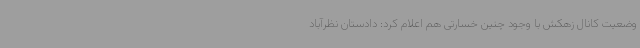
وضعیت کانال زهکش با وجود چنین خسارتی هم اعلام کرد: دادستان نظرآباد